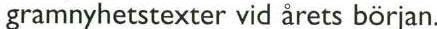
gramnyhetstexter vid årets början.